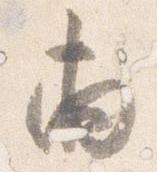
両